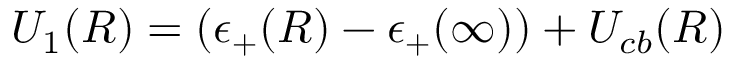
U _ { 1 } ( R ) = ( \epsilon _ { + } ( R ) - \epsilon _ { + } ( \infty ) ) + U _ { c b } ( R )